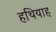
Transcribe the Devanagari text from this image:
हथियाह